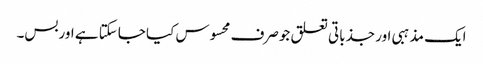
ایک مذہبی اور جذباتی تعلق جوصرف محسوس کیا جاسکتا ہے اوربس۔